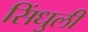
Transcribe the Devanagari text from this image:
सिंधुली